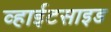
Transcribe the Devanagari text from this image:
व्हाईटसाइड